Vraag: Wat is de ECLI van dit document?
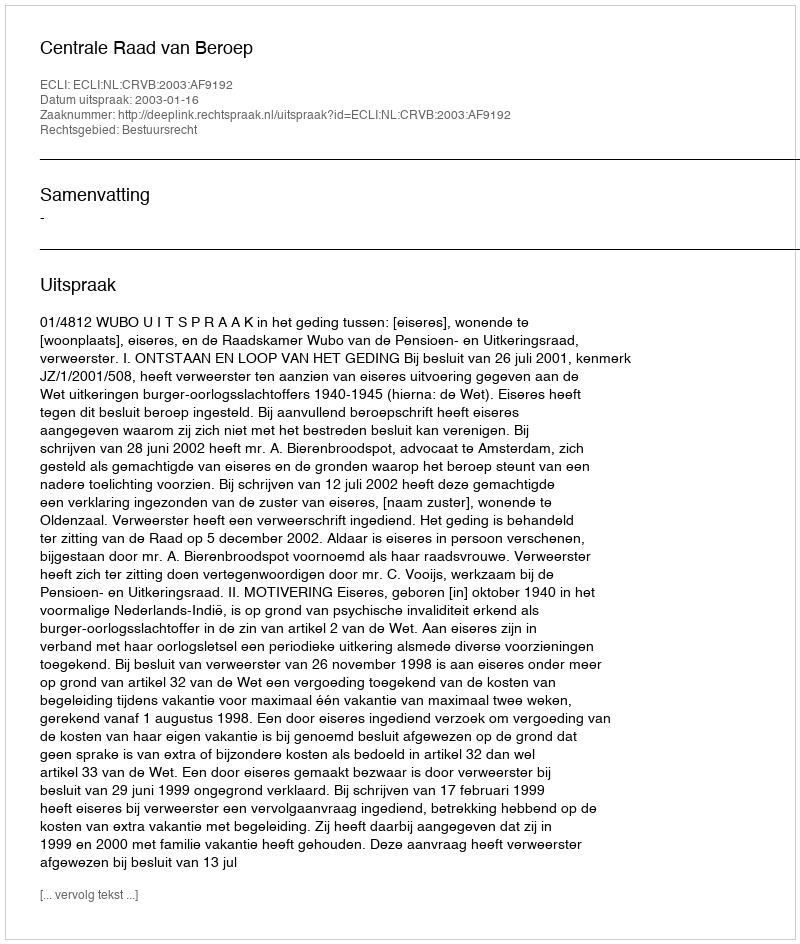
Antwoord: ECLI:NL:CRVB:2003:AF9192